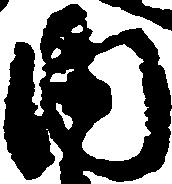
内